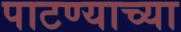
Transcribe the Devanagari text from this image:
पाटण्याच्या